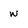
Character: w